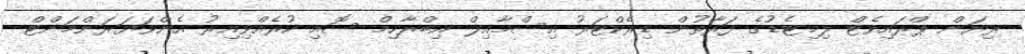
ރިޔަން ޕްރައިވެޓް ލިމިޓެޑުގެ ފަރާތުން ޑިރެކްޓަރު އިސްމާއިލް އިބްރާހިމް ސޮއި ކުރެއްވިއިރު އެންވަޔަރަންމަންޓް